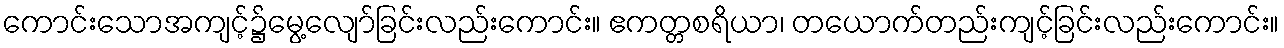
ကောင်းသောအကျင့်၌မွေ့လျော်ခြင်းလည်းကောင်း။ ဧကတ္တစရိယာ၊ တယောက်တည်းကျင့်ခြင်းလည်းကောင်း။